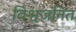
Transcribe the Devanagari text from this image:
विश्वजनित